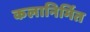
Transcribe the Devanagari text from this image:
कलानिर्मित